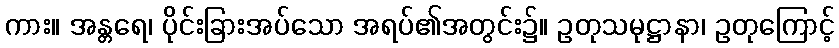
ကား။ အန္တရေ၊ ပိုင်းခြားအပ်သော အရပ်၏အတွင်း၌။ ဥတုသမုဋ္ဌာနာ၊ ဥတုကြောင့်